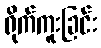
ရိုက်ကူးခြင်း